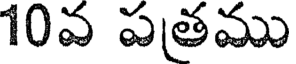
10వ పత్రము